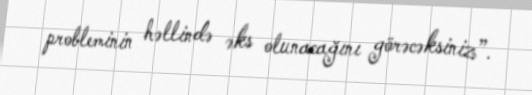
probleminin həllində əks olunacağını görəcəksiniz”.